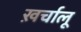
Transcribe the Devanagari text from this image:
ख़र्चालू